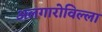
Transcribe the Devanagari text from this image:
अलगारोविल्ला